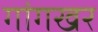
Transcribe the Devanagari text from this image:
गांगखर